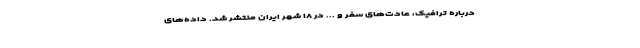
درباره ترافیک، عادت‌های سفر و ... در ۱۸ شهر ایران منتشر شد. داده‌های